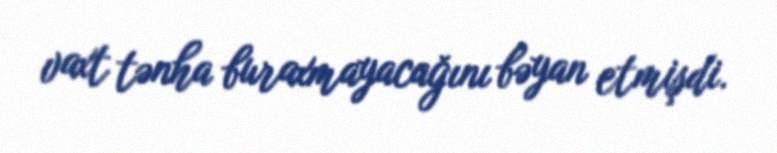
vaxt tənha buraxmayacağını bəyan etmişdi.